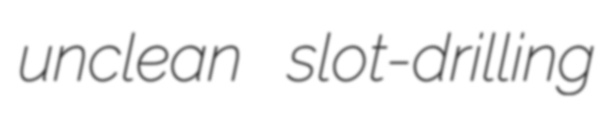
unclean slot-drilling